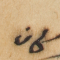
كان